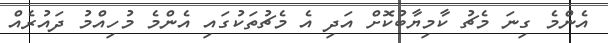
އެންމެ ގިނަ މެޗު ކާމިޔާބުކޮށް އަދި އެ މެޗުތަކުގައި އެންމެ މުހިއްމު ދައުރެއް